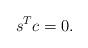
LaTeX: \begin{align*} s^Tc=0. \end{align*}